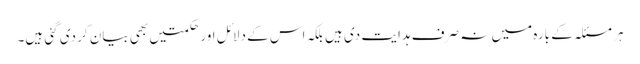
ہر مسئلہ کے بارہ میں نہ صرف ہدایت دی ہیں بلکہ اس کے دلائل اورحکمتیں بھی بیان کر دی گئی ہیں۔